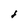
Character: 1